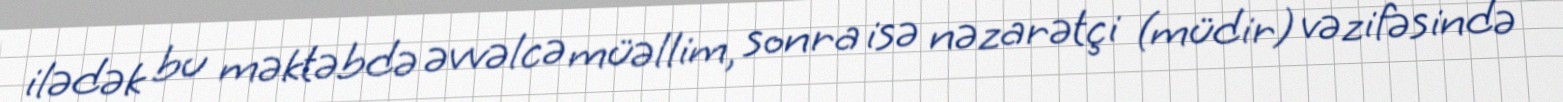
ilədək bu məktəbdə əvvəlcə müəllim, sonra isə nəzarətçi (müdir) vəzifəsində